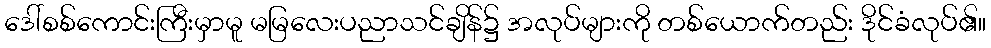
ဒေါ်စစ်ကောင်းကြီးမှာမူ မမြလေးပညာသင်ချိန်၌ အလုပ်များကို တစ်ယောက်တည်း ဒိုင်ခံလုပ်၏။